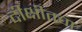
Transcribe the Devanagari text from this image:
दीक्षीतचा